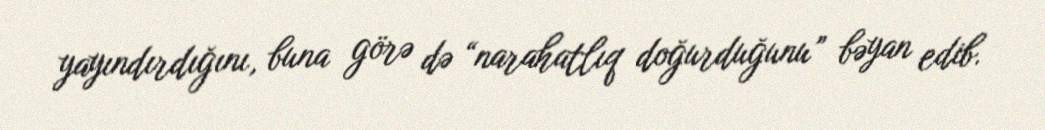
yayındırdığını, buna görə də “narahatlıq doğurduğunu” bəyan edib.